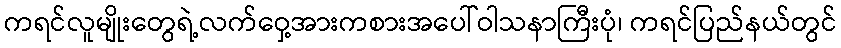
ကရင်လူမျိုးတွေရဲ့လက်ဝှေ့အားကစားအပေါ်ဝါသနာကြီးပုံ၊ ကရင်ပြည်နယ်တွင်